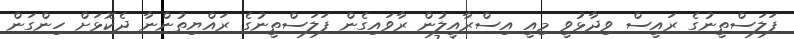
ފަލަސްތީނުގެ ރައީސް ވިދާޅުވީ މިއީ އިސްރާއީލުން ރާވައިގެން ފަލަސްތީނުގެ ރައްޔިތުންނާ ދެކޮޅަށް ހިންގަން